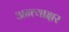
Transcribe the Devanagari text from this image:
अन्त्याक्षर